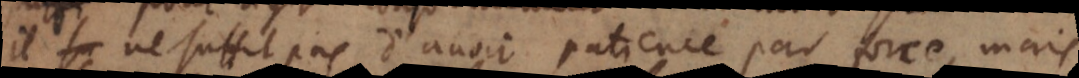
il ne suffit pas d’avoir patience par force, mais